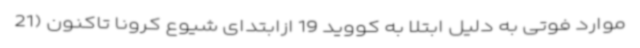
موارد فوتی به دلیل ابتلا به کووید 19 ازابتدای شیوع کرونا تاکنون (21